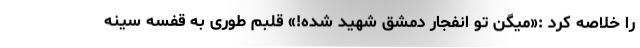
را خلاصه کرد :«میگن تو انفجار دمشق شهید شده!» قلبم طوری به قفسه سینه